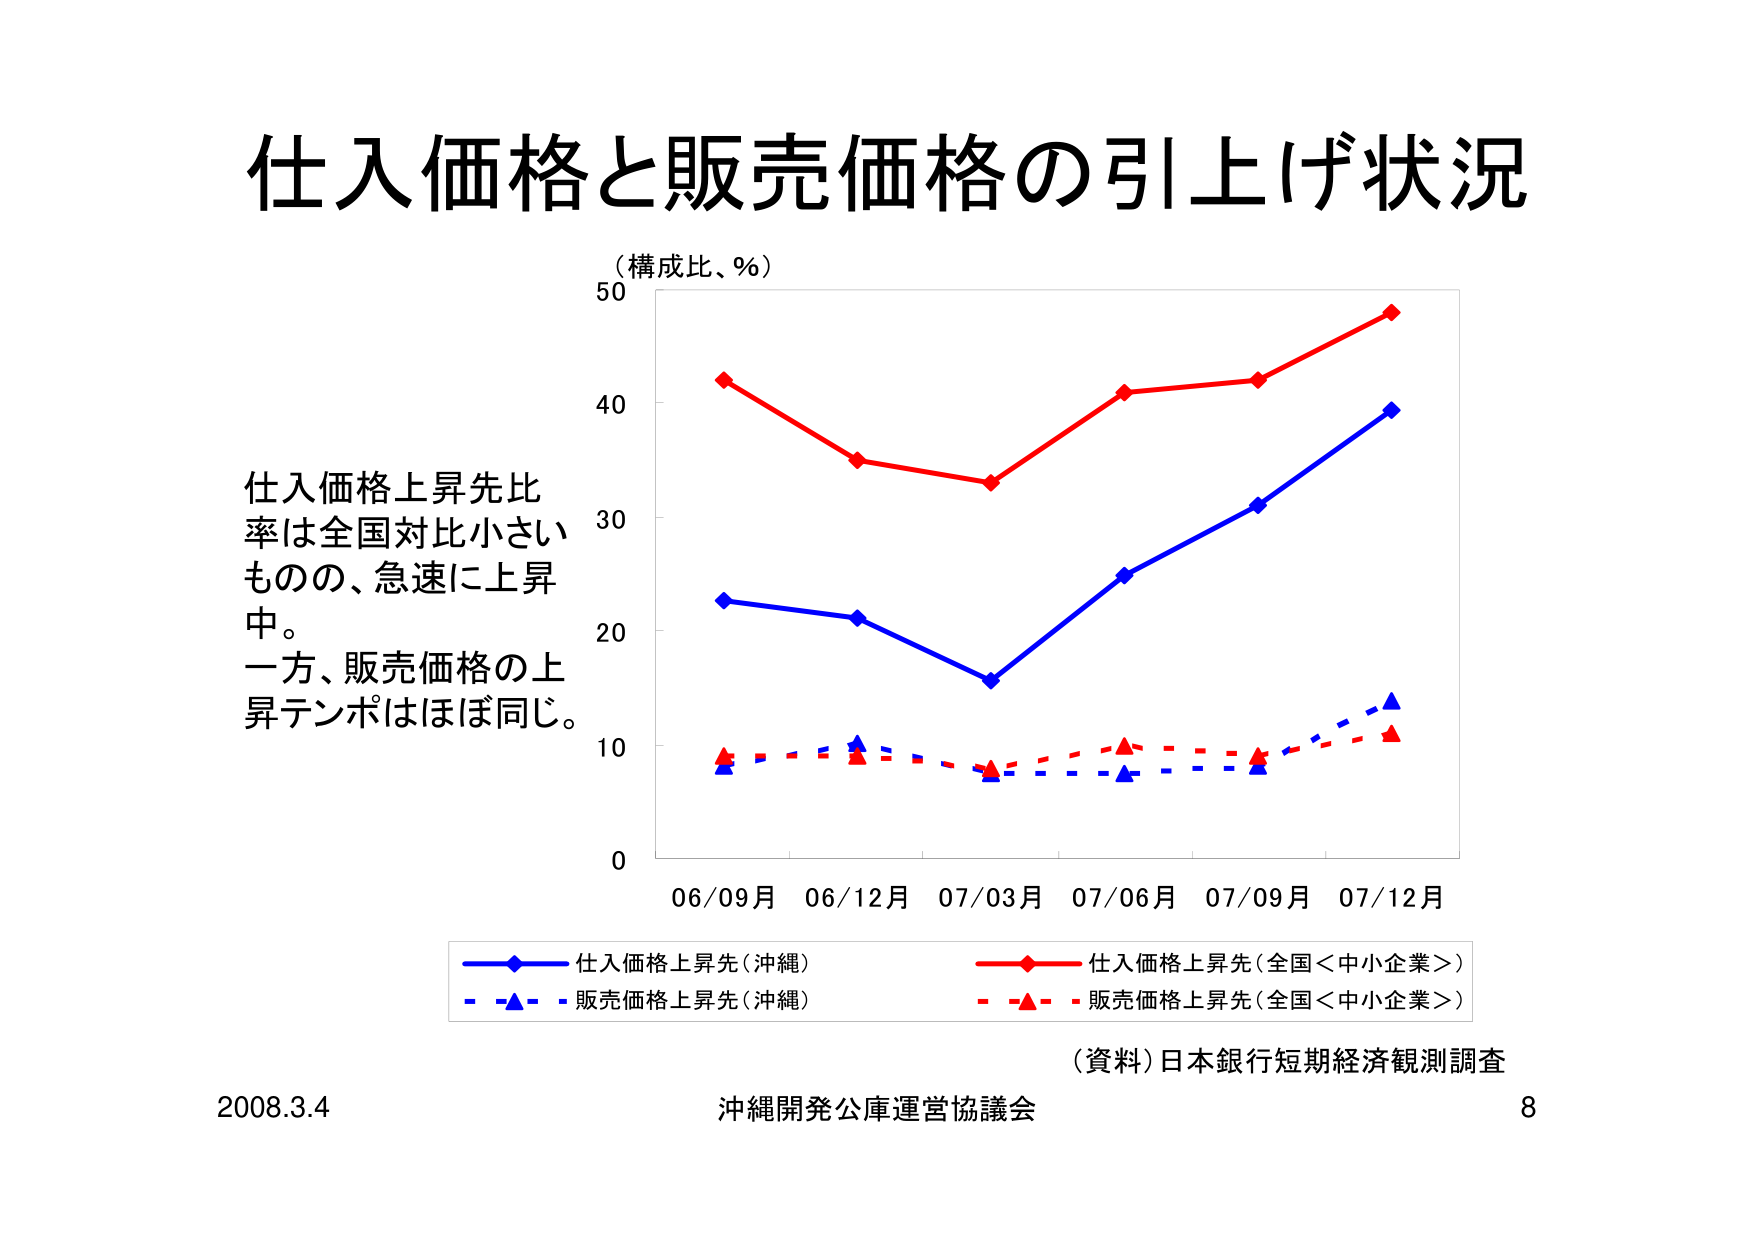
仕入価格と販売価格の引上げ状況

（構成比、％）

仕入価格上昇先比率は全国対比小さいものの、急速に上昇中。
一方、販売価格の上昇テンポはほぼ同じ。

06/09月 06/12月 07/03月 07/06月 07/09月 07/12月

－－－－－仕入価格上昇先（沖縄）
－－－－－仕入価格上昇先（全国＜中小企業＞）
－－－－－販売価格上昇先（沖縄）
－－－－－販売価格上昇先（全国＜中小企業＞）

（資料）日本銀行短期経済観測調査

2008.3.4 沖縄開発公庫運営協議会 8